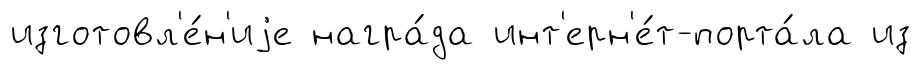
изготовл'е́н'иjе награ́да инт'ерн'е́т-порта́ла из